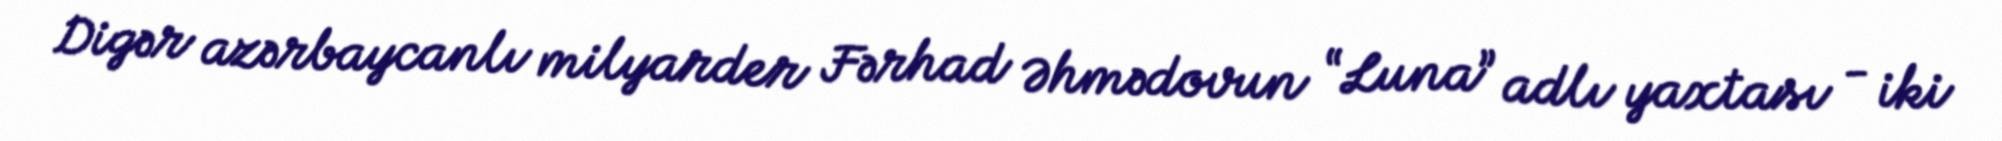
Digər azərbaycanlı milyarder Fərhad Əhmədovun “Luna” adlı yaxtası - iki